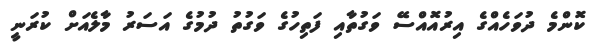
ކޮންމެ ދުވަހެއްގެ އިރުއޮއްސޭ ވަގުތާއި ފަތިހުގެ ވަގުތު ދުމުގެ އަސަރު މާލެއަށް ކުރަނީ